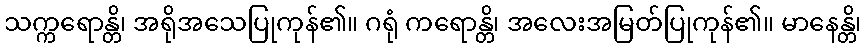
သက္ကရောန္တိ၊ အရိုအသေပြုကုန်၏။ ဂရုံ ကရောန္တိ၊ အလေးအမြတ်ပြုကုန်၏။ မာနေန္တိ၊